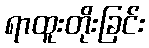
ရာထူးတိုးခြင်း